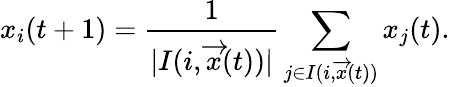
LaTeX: x_{i}(t+1)=\frac{1}{\lvert I(i,\overrightarrow{x}(t))\vert}\sum_{j\in I(i,\overrightarrow{x}(t))}x_{j}(t).